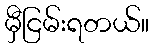
မှီငြမ်းရတယ်။